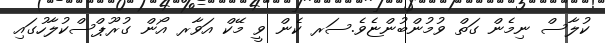
ކުލާސް ނިމެން ގަތް ވުމުންބުންޏެވެ.ސަރ ކެން ވީ މޭކް އަވާރ އޯން ގުރޫޕްސްކުލާހުގައި